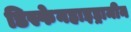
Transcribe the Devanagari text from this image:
डिस्फेनहाइड्रामीन